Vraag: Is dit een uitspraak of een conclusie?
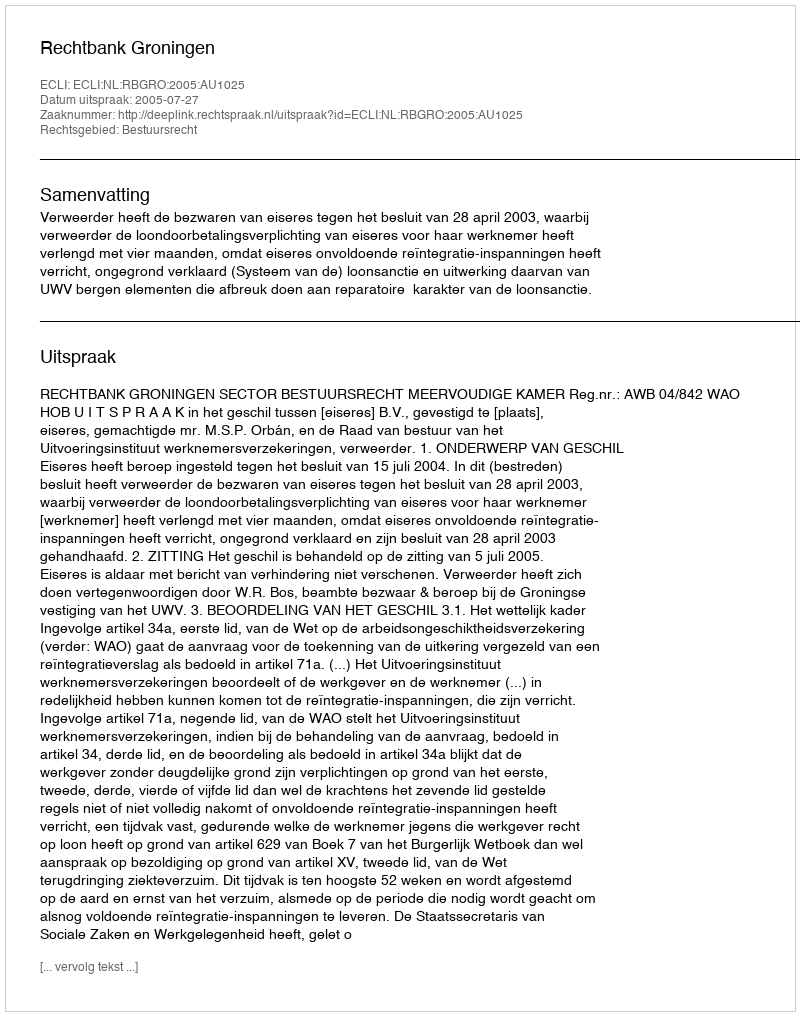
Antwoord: Uitspraak